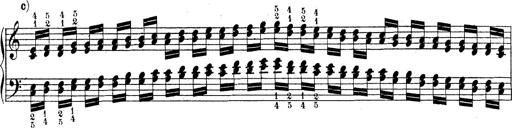
Title: Technische Studien
Composer: Franz Liszt